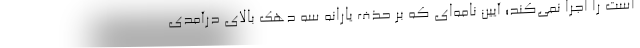
است را اجرا نمی‌کند؛ آیین نامه‌ای که بر حذف یارانه سه دهک بالای درآمدی